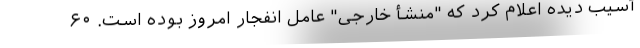
آسیب دیده اعلام کرد که "منشأ خارجی" عامل انفجار امروز بوده است. ۶۰